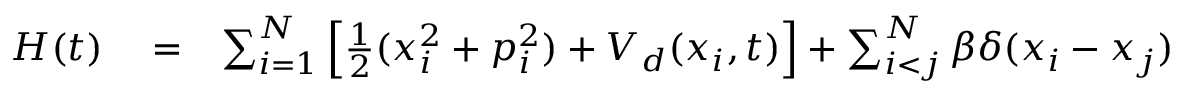
\begin{array} { r l r } { H ( t ) } & { { } = } & { \sum _ { i = 1 } ^ { N } \left[ \frac { 1 } { 2 } ( x _ { i } ^ { 2 } + p _ { i } ^ { 2 } ) + V _ { d } ( x _ { i } , t ) \right] + \sum _ { i < j } ^ { N } \beta \delta ( x _ { i } - x _ { j } ) } \end{array}